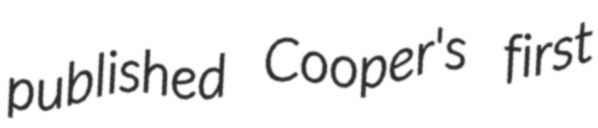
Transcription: published Cooper's first